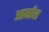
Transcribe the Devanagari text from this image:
आर्मास